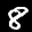
Label: 8